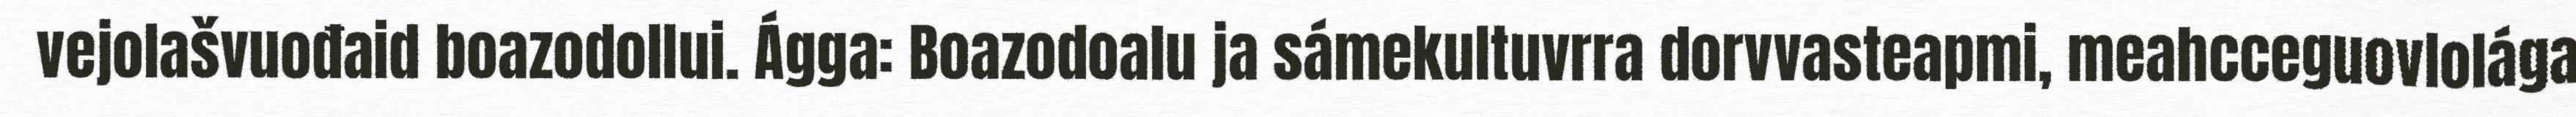
vejolašvuođaid boazodollui. Ágga: Boazodoalu ja sámekultuvrra dorvvasteapmi, meahcceguovlolága